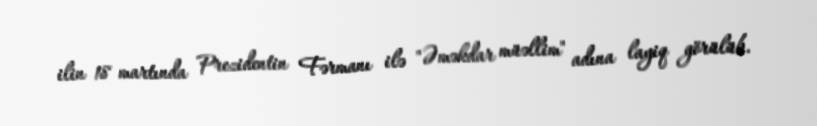
ilin 18 martında Prezidentin Fərmanı ilə "Əməkdar müəllim" adına layiq görülüb.